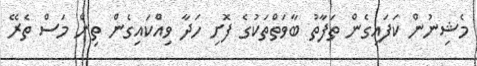
މެޝިނުން ކަފައިގެން ތަފާތު ބާވަތްތަކުގެ ފޮށި ހަދާ ވިއްކައިގެން ތިން މަސް ތެރޭ